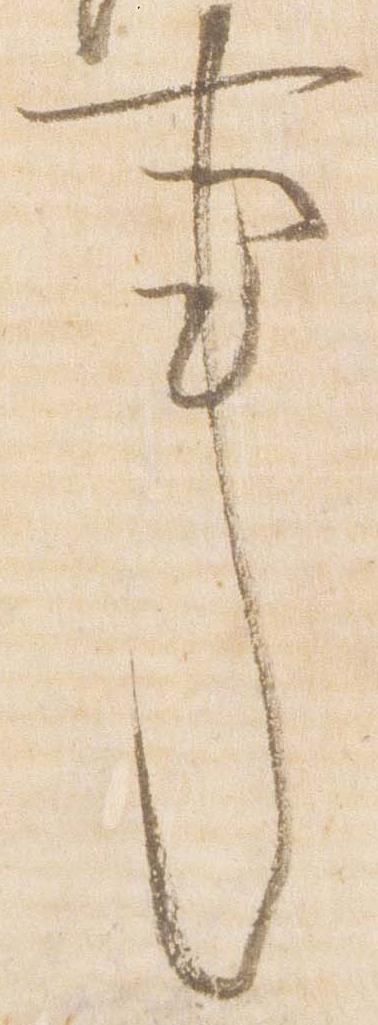
事